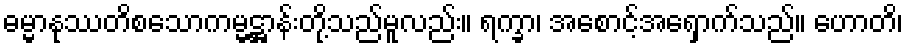
ဓမ္မာနုဿတိစသောကမ္မဋ္ဌာန်းတို့သည်မူလည်း။ ရက္ခာ၊ အစောင့်အရှောက်သည်။ ဟောတိ၊